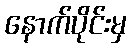
နောက်ပိုင်းမှ